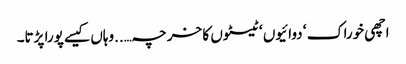
اچھی خوراک ‘ دوائیوں ‘ ٹیسٹوں کا خرچہ…..وہاں کیسے پورا پڑتا۔